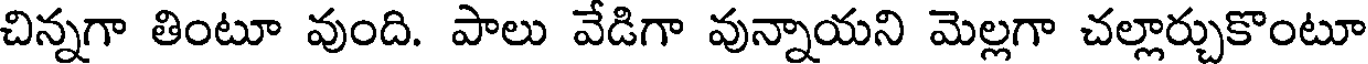
చిన్నగా తింటూ వుంది. పాలు వేడిగా వున్నాయని మెల్లగా చల్లార్చుకొంటూ